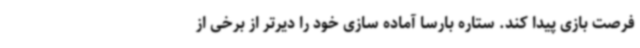
فرصت بازی پیدا کند. ستاره بارسا آماده سازی خود را دیرتر از برخی از